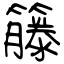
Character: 籐